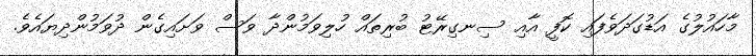
މާހައުލުގެ އަޑުގަދަވެފައި ކޮފީ އާއި ސިނގިރޭޓު ބުރިތައް ހުލިވަމުންދާ ވަސް ވަށައިގެން ދުވަމުންދިޔައެވެ.